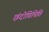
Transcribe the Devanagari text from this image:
छंदोविचिति